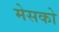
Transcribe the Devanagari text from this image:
मेसको